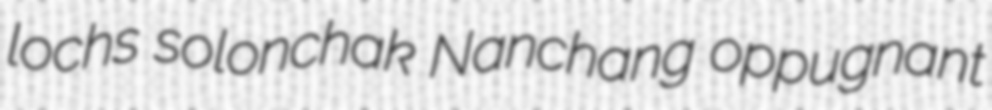
lochs solonchak Nanchang oppugnant